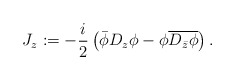
\begin{align*}J_{z}:=-\frac{i}{2}\left(\bar{\phi}D_{z}\phi-\phi \overline{D_{\bar{z}}\phi}\right).\end{align*}